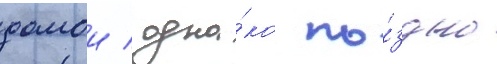
домои / одна́ко по́здно